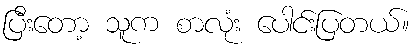
ပြီးတော့ သူက စာလုံး ပေါင်းပြတယ်။